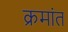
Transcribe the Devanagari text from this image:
क्रमांत